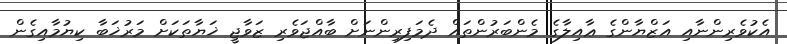
އެކުވެރިންނާއި އަޒްޔާންގެ ޢާއިލާގެ މެންބަރުންތައް ދެމަފިރިންނަށް ބާއްޖަވެރި ޒަވާޖީ ޚަޔާތަކަށް މަރުޚަބާ ކިޔުމާއިގެން